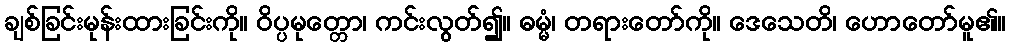
ချစ်ခြင်းမုန်းထားခြင်းကို။ ဝိပ္ပမုတ္တော၊ ကင်းလွတ်၍။ ဓမ္မံ၊ တရားတော်ကို။ ဒေသေတိ၊ ဟောတော်မူ၏။